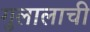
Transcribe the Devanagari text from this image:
गुलालाची